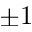
\pm 1